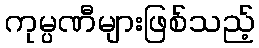
ကုမ္ပဏီများဖြစ်သည့်